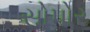
સોપોર